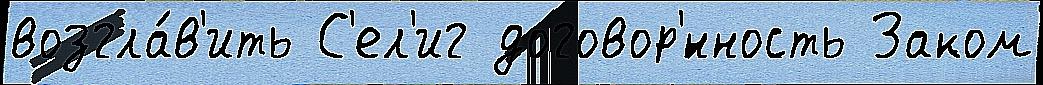
возгла́в'ить С'ел'иг договор'́нность Заком